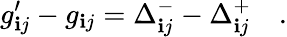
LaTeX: g_{\mathbf{i}j}^{\prime}-g_{\mathbf{i}j}=\Delta_{\mathbf{i}j}^{-}-\Delta_{\mathbf{i}j}^{+}\quad.